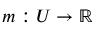
m : U \to \mathbb { R }